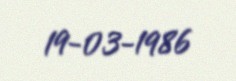
19-03-1986